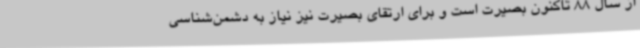
از سال 88 تاکنون بصیرت است و برای ارتقای بصیرت نیز نیاز به دشمن‌شناسی